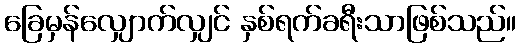
ခြေမှန်လျှောက်လျှင် နှစ်ရက်ခရီးသာဖြစ်သည်။